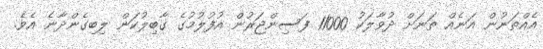
އެއްތަނުން އަނެއް ތަނަށް ދުވާލަކު 11000 ފަސިންޖަރުން އުފުލުމުގެ ގާބިލުކަން ލިބިގެންދާނެ އެވެ.